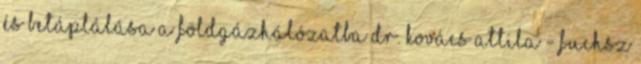
és betáplálása a földgázhálózatba Dr. Kovács Attila - Fuchsz